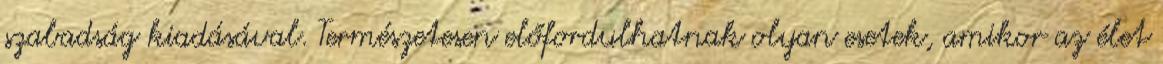
szabadság kiadásával. Természetesen előfordulhatnak olyan esetek, amikor az élet